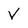
Character: V